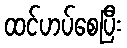
ထင်ဟပ်စေပြီး